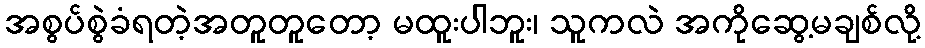
အစွပ်စွဲခံရတဲ့အတူတူတော့ မထူးပါဘူး၊ သူကလဲ အကိုဆွေ့မချစ်လို့